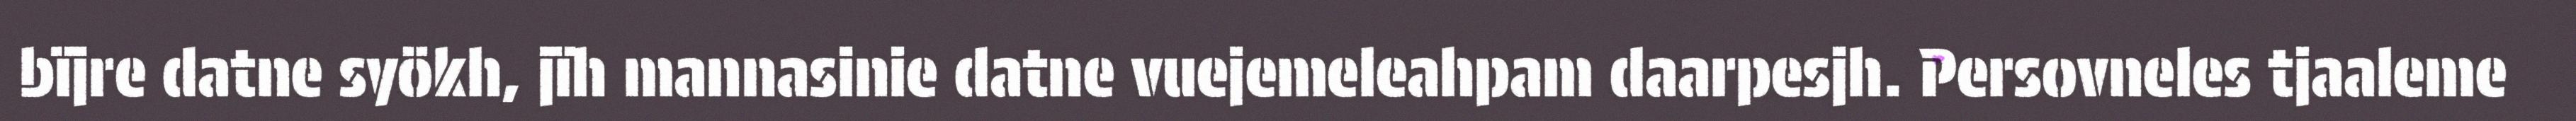
bïjre datne syökh, jïh mannasinie datne vuejemeleahpam daarpesjh. Persovneles tjaaleme